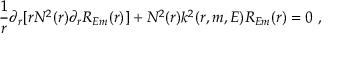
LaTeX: \frac { 1 } { r } \partial _ { r } [ r N ^ { 2 } ( r ) \partial _ { r } R _ { E m } ( r ) ] + N ^ { 2 } ( r ) k ^ { 2 } ( r , m , E ) R _ { E m } ( r ) = 0 ~ ,